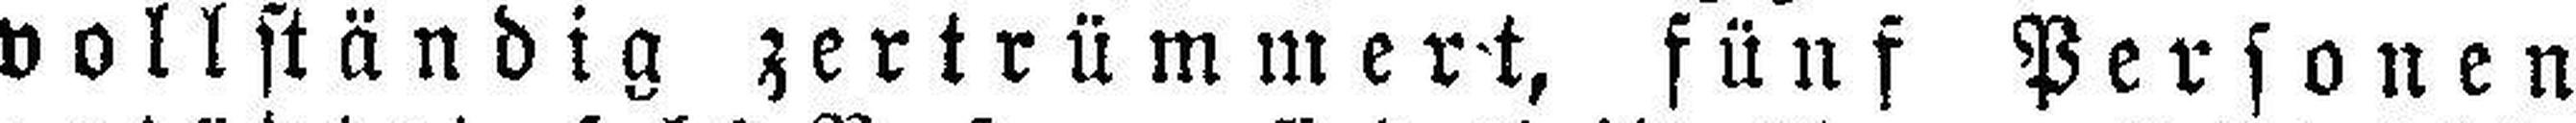
vollständig zertrümmert, fünf Personen